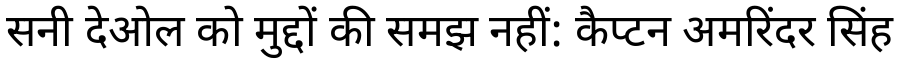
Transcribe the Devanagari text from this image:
सनी देओल को मुद्दों की समझ नहीं: कैप्टन अमरिंदर सिंह